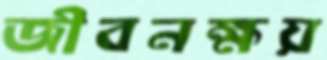
জীবনক্ষয়